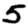
Digit: 5